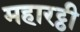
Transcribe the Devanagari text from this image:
महारट्ठी